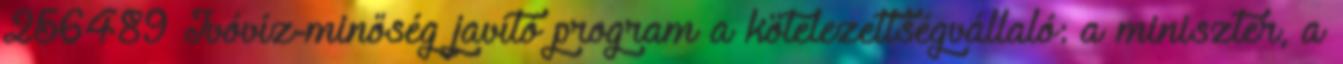
256489 Ivóvíz-minőség javító program a kötelezettségvállaló: a miniszter, a